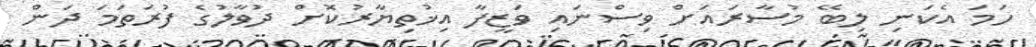
ހަމަ އެކަނި ލިބޭ މުސާރައަށް ވިސްނައި ވަޒީފާ އިޚުތިޔާރުކޮށް ދުވާލުގެ ފުރަތަމަ ދަން